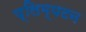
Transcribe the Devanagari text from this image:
प्लिम्पटन